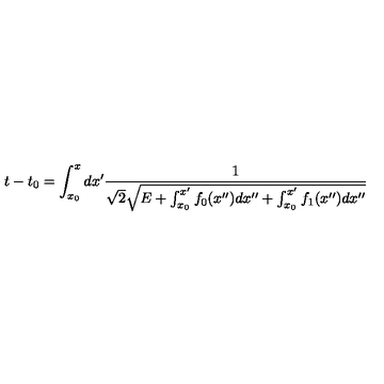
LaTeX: t - t _ { 0 } = \int _ { x _ { 0 } } ^ { x } d x ^ { \prime } \frac { 1 } { \sqrt { 2 } \sqrt { E + \int _ { x _ { 0 } } ^ { x ^ { \prime } } f _ { 0 } ( x ^ { \prime \prime } ) d x ^ { \prime \prime } + \int _ { x _ { 0 } } ^ { x ^ { \prime } } f _ { 1 } ( x ^ { \prime \prime } ) d x ^ { \prime \prime } } }